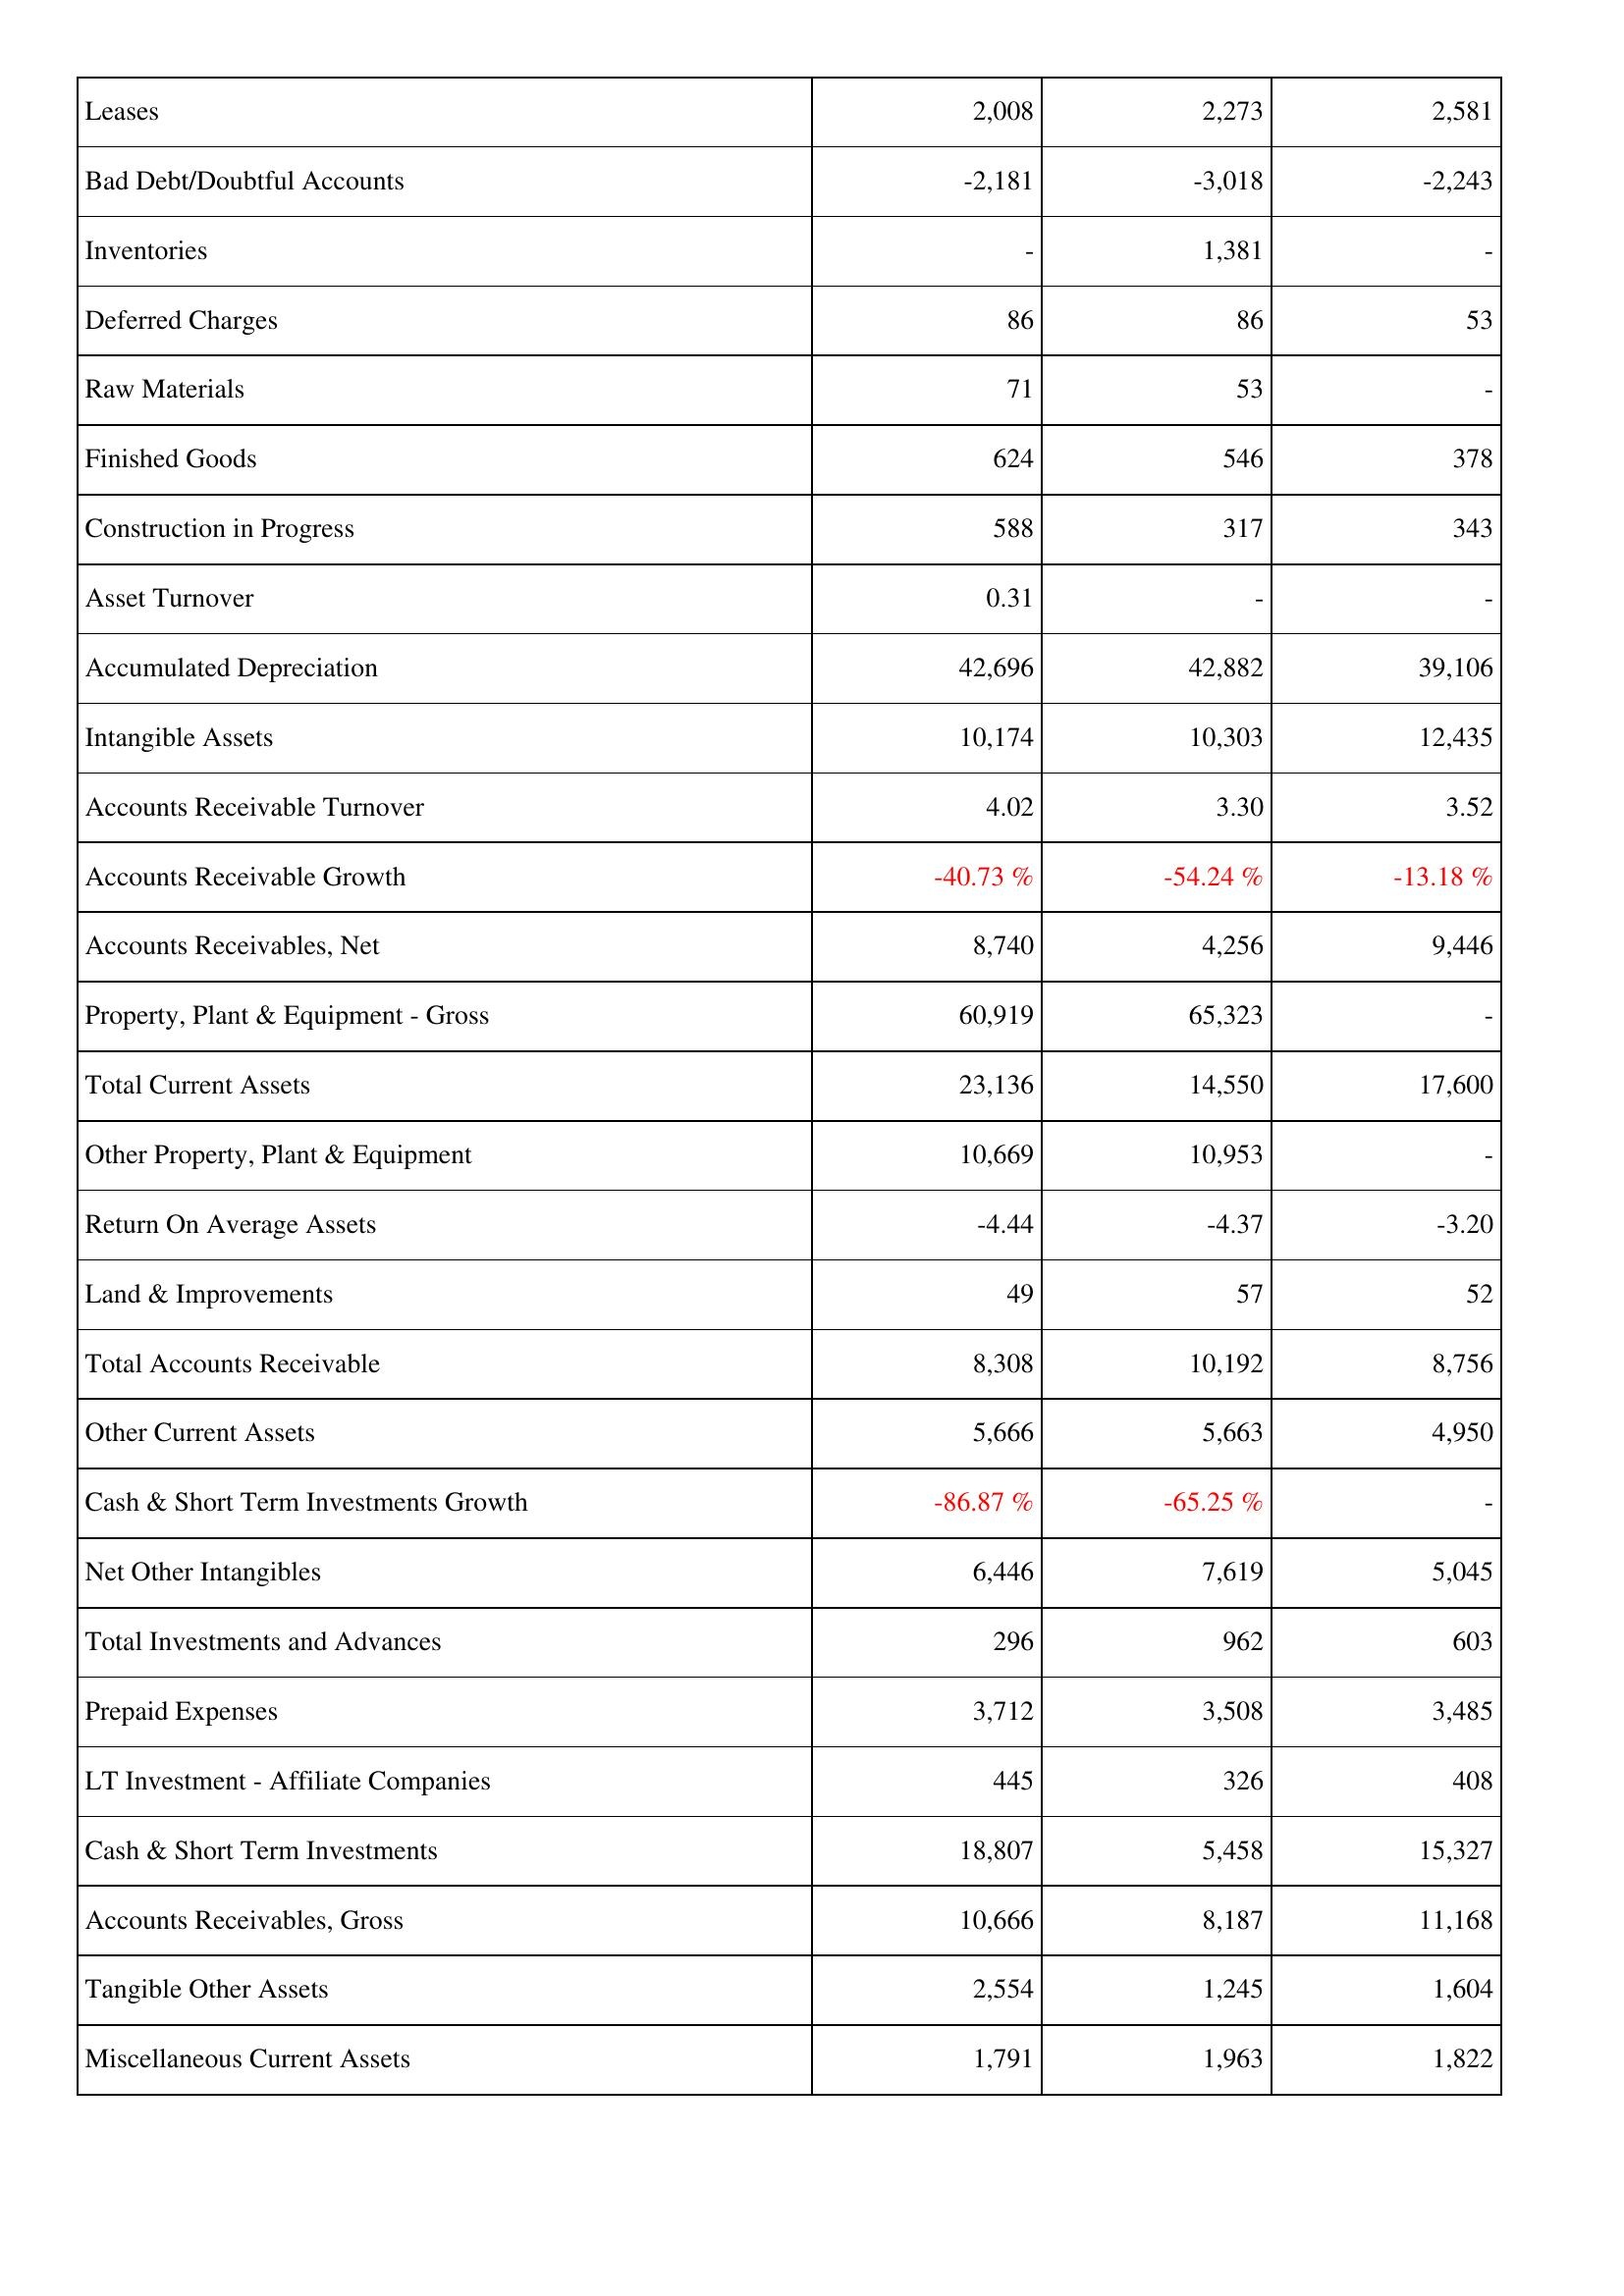
2020: Assets: Leases: 2,008
Bad Debt/Doubtful Accounts: -2,181
Inventories: -
Deferred Charges: 86
Raw Materials: 71
Finished Goods: 624
Construction in Progress: 588
Asset Turnover: 0.31
Accumulated Depreciation: 42,696
Intangible Assets: 10,174
Accounts Receivable Turnover: 4.02
Accounts Receivable Growth: -40.73 %
Accounts Receivables, Net: 8,740
Property, Plant & Equipment - Gross: 60,919
Total Current Assets: 23,136
Other Property, Plant & Equipment: 10,669
Return On Average Assets: -4.44
Land & Improvements: 49
Total Accounts Receivable: 8,308
Other Current Assets: 5,666
Cash & Short Term Investments Growth: -86.87 %
Net Other Intangibles: 6,446
Total Investments and Advances: 296
Prepaid Expenses: 3,712
LT Investment - Affiliate Companies: 445
Cash & Short Term Investments: 18,807
Accounts Receivables, Gross: 10,666
Tangible Other Assets: 2,554
Miscellaneous Current Assets: 1,791
2021: Assets: Leases: 2,273
Bad Debt/Doubtful Accounts: -3,018
Inventories: 1,381
Deferred Charges: 86
Raw Materials: 53
Finished Goods: 546
Construction in Progress: 317
Asset Turnover: -
Accumulated Depreciation: 42,882
Intangible Assets: 10,303
Accounts Receivable Turnover: 3.30
Accounts Receivable Growth: -54.24 %
Accounts Receivables, Net: 4,256
Property, Plant & Equipment - Gross: 65,323
Total Current Assets: 14,550
Other Property, Plant & Equipment: 10,953
Return On Average Assets: -4.37
Land & Improvements: 57
Total Accounts Receivable: 10,192
Other Current Assets: 5,663
Cash & Short Term Investments Growth: -65.25 %
Net Other Intangibles: 7,619
Total Investments and Advances: 962
Prepaid Expenses: 3,508
LT Investment - Affiliate Companies: 326
Cash & Short Term Investments: 5,458
Accounts Receivables, Gross: 8,187
Tangible Other Assets: 1,245
Miscellaneous Current Assets: 1,963
2022: Assets: Leases: 2,581
Bad Debt/Doubtful Accounts: -2,243
Inventories: -
Deferred Charges: 53
Raw Materials: -
Finished Goods: 378
Construction in Progress: 343
Asset Turnover: -
Accumulated Depreciation: 39,106
Intangible Assets: 12,435
Accounts Receivable Turnover: 3.52
Accounts Receivable Growth: -13.18 %
Accounts Receivables, Net: 9,446
Property, Plant & Equipment - Gross: -
Total Current Assets: 17,600
Other Property, Plant & Equipment: -
Return On Average Assets: -3.20
Land & Improvements: 52
Total Accounts Receivable: 8,756
Other Current Assets: 4,950
Cash & Short Term Investments Growth: -
Net Other Intangibles: 5,045
Total Investments and Advances: 603
Prepaid Expenses: 3,485
LT Investment - Affiliate Companies: 408
Cash & Short Term Investments: 15,327
Accounts Receivables, Gross: 11,168
Tangible Other Assets: 1,604
Miscellaneous Current Assets: 1,822